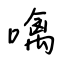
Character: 噙